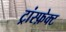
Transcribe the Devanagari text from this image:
ट्रांस्फ़ेक्ट